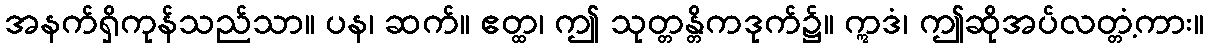
အနက်ရှိကုန်သည်သာ။ ပန၊ ဆက်။ ဧတ္ထ၊ ဤ သုတ္တန္တိကဒုက်၌။ ဣဒံ၊ ဤဆိုအပ်လတ္တံ့ကား။